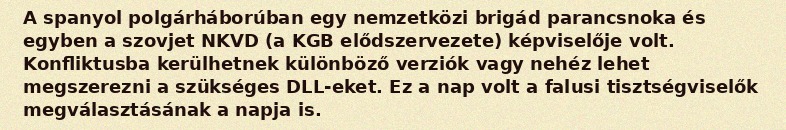
A spanyol polgárháborúban egy nemzetközi brigád parancsnoka és egyben a szovjet NKVD (a KGB elődszervezete) képviselője volt. Konfliktusba kerülhetnek különböző verziók vagy nehéz lehet megszerezni a szükséges DLL-eket. Ez a nap volt a falusi tisztségviselők megválasztásának a napja is.